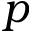
p